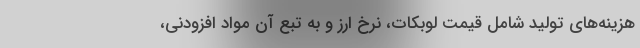
هزینه‌های تولید شامل قیمت لوبکات، نرخ ارز و به تبع آن مواد افزودنی،